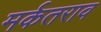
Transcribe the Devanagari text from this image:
मर्कतराव